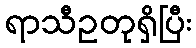
ရာသီဥတုရှိပြီး